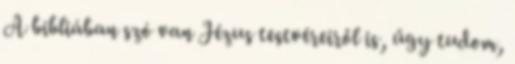
A bibliában szó van Jézus testvéreiről is, űgy tudom,